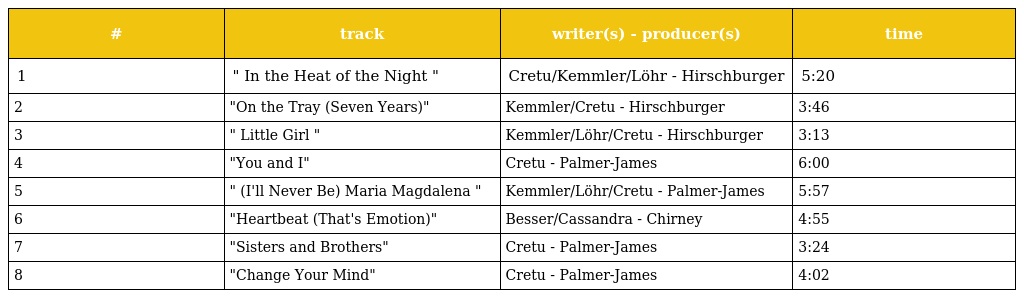
| # | track | writer(s) - producer(s) | time |
 | --- | --- | --- | --- |
 | 1 | " In the Heat of the Night " | Cretu/Kemmler/Löhr - Hirschburger | 5:20 |
 | 2 | "On the Tray (Seven Years)" | Kemmler/Cretu - Hirschburger | 3:46 |
 | 3 | " Little Girl " | Kemmler/Löhr/Cretu - Hirschburger | 3:13 |
 | 4 | "You and I" | Cretu - Palmer-James | 6:00 |
 | 5 | " (I'll Never Be) Maria Magdalena " | Kemmler/Löhr/Cretu - Palmer-James | 5:57 |
 | 6 | "Heartbeat (That's Emotion)" | Besser/Cassandra - Chirney | 4:55 |
 | 7 | "Sisters and Brothers" | Cretu - Palmer-James | 3:24 |
 | 8 | "Change Your Mind" | Cretu - Palmer-James | 4:02 |